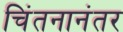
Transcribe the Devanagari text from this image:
चिंतनानंतर